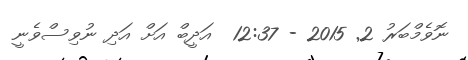
ނޮވެމްބަރު 2